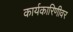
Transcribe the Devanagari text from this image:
कार्यकारिणीवर